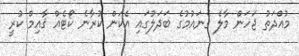
މުއްދަތު ޖަހަން މާލެ ގެނައުމުގެ ބަދަލުގައި އެކަން ކުރާނެ ކޯޓެއް ޤާއިމް ކުރީ